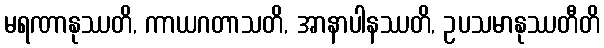
မရဏာနုဿတိ, ကာယဂတာသတိ, အာနာပါနဿတိ, ဥပသမာနုဿတီတိ